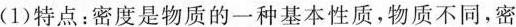
(1)特点：密度是物质的一种基本性质，物质不同，密